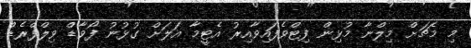
މި މެޗަށް މިލްނާ މުޅިން ފިޓްވެފައިވާއިރު އެޓީމާ އަލަށް ގުޅުނު ފޯވާޑް ވިލްފްރެޑް